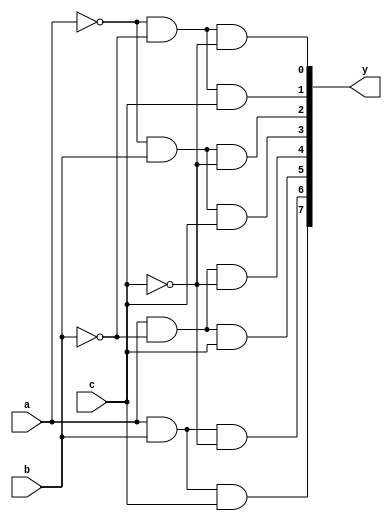
// This program was cloned from: https://github.com/RockingSNP/Verilog
// License: MIT License

module decoder3to8 (
    input a,b,c,
    output [7:0] y
);
    assign y[0] = ((~a)&(~b)&(~c));
    assign y[1] = ((~a)&(~b)&(c));
    assign y[2] = ((~a)&(b)&(~c));
    assign y[3] = ((~a)&(b)&(c));
    assign y[4] = ((a)&(~b)&(~c));
    assign y[5] = ((a)&(~b)&(c));
    assign y[6] = ((a)&(b)&(~c));
    assign y[7] = ((a)&(b)&(c));

endmodule //decoder

module tb_decoder3to8(
    output reg a,b,c,
    input [7:0] y
);
    initial begin
		$monitor("%t, When a=%b, b=%b c=%b then Result is =%b",$time,a,b,c,y);
           {a,b,c} = 3'b000;
        #10{a,b,c} = 3'b001;
        #10{a,b,c} = 3'b010;
        #10{a,b,c} = 3'b011;
        #10{a,b,c} = 3'b100;
        #10{a,b,c} = 3'b101;
        #10{a,b,c} = 3'b110;
        #10{a,b,c} = 3'b111;
        #10 $finish;
	end

endmodule//testbench

module wb;
    wire a,b,c;
    wire [7:0] y;
    initial begin
        $dumpfile("1bit_3to8_decoder.vcd");
        $dumpvars(0, wb);
    end
    decoder3to8 dut(a,b,c,y);
    tb_decoder3to8 tb(a,b,c,y);
endmodule //workbench